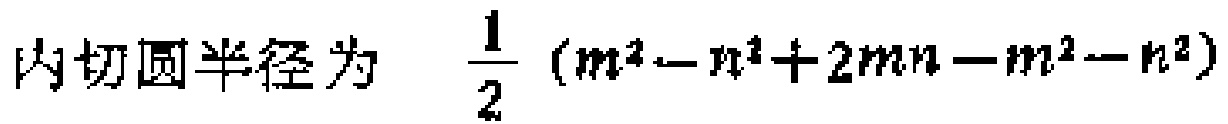
内切圆半径为 $\frac{1}{2}(m^{2}-n^{2}+2mn - m^{2}-n^{2})$